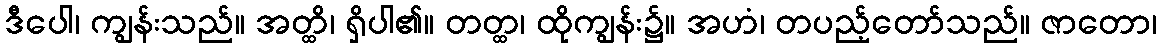
ဒီပေါ၊ ကျွန်းသည်။ အတ္ထိ၊ ရှိပါ၏။ တတ္ထ၊ ထိုကျွန်း၌။ အဟံ၊ တပည့်တော်သည်။ ဇာတော၊